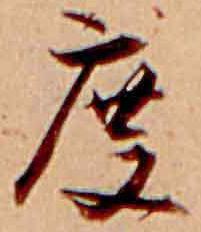
度